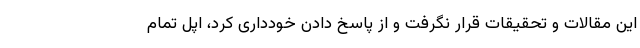
این مقالات و تحقیقات قرار نگرفت و از پاسخ دادن خودداری کرد، اپل تمام